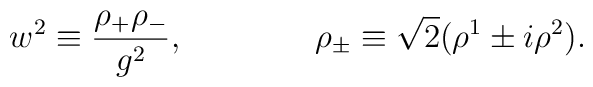
w^2 \equiv \frac{\rho_+\rho_-}{g^2},\qquad \qquad \rho_{\pm} \equiv \sqrt{2}(\rho^1 \pm i\rho^2).